Report on vaccination in Madras 1895-1903 - 1895-1903
Year: 1895
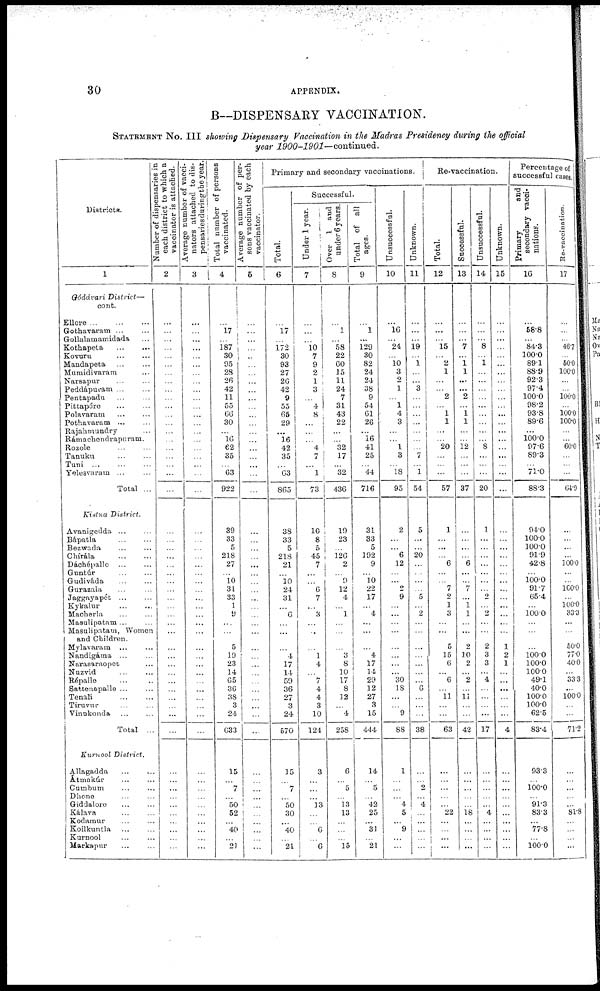
30
APPENDIX.
B—DISPENSARY VACCINATION.
STATEMENT No. III showing Dispensary Vaccination in the Madras Presidency during the official
year 1900-1901—continued.
Districts.
1
Gádávari District—
cont.
Ellore
...
...
...
Gothavaram ... ...
Gollalamamidada ...
Kothapeta
...
...
Kovuru
...
...
Mandapeta ... ...
Mumidivaram ...
Narsapur ... ...
Peddápuram ... ...
Pentapadu
...
...
Pittapóre ... ...
Polavaram ... ...
Pothavaram
...
...
Rajahmundry ...
Rámachendrapuram.
Rozole ... ...
Tanuku ... ...
Tuni
...
...
...
Yelesvaram ... ...
Total ...
Kistna District.
Avanigedda ... ...
Bápatla ... ...
Bezwada ... ...
Chírála
...
...
Dáchépalle ... ...
Guntúr ... ...
Gudiváda ... ...
Gurazala ... ...
Jaggayapét
...
...
Kykalur ... ...
Macherla ... ...
Masulipatam ... ...
Masulipatam, Women
and Children.
Mylavaram ... ...
Nandigáma ... ...
Narasaraopet ...
Nuzvid ... ...
Répalle ... ...
Sattenapalle ... ...
Tenali
...
...
Tiruvur ... ...
Vinukonda ... ...
Total ...
Kurnool District.
Allagadda
...
...
Atmakúr ... ...
Cumbum ... ...
Dhone ... ...
Giddalore ... ...
Kálava ... ...
Kodamur ... ...
Koilkuntla ... ...
Kurnool ... ...
Markapur ... ...
Number of dispensaries in
each district to which a
vaccinator is attached.
2
...
...
...
...
...
...
...
...
...
...
...
...
...
...
...
...
...
...
...
...
...
...
...
...
...
...
...
...
...
...
...
...
...
...
...
...
... ...
...
...
...
...
...
...
... ...
...
...
...
...
...
...
...
Average number of vacci-
nators attached to dis-
pensaries during the year.
3
...
...
...
...
...
...
...
...
...
...
...
...
...
...
...
...
...
...
...
...
...
...
...
...
...
...
...
...
...
...
...
...
...
...
...
...
...
...
...
...
...
...
...
...
...
...
...
...
...
...
...
...
...
Total number of persons
vaccinated.
4
...
17
...
187
30
95
28
26
42
11
55
66
30
...
16
62
35
... 63
922
39
33
5
218
27
... 10
31
83
1
9
...
...
5
19
23
14
65
36
38
3
24
633
15
...
7
... 50
52
...
40
... 21
Average number of per-
sons vaccinated by each
vaccinator.
5
...
...
...
...
...
...
...
...
...
...
...
...
...
...
...
...
...
...
...
...
...
...
...
...
...
...
...
...
...
...
...
...
...
...
...
...
...
...
...
...
...
...
...
...
...
...
...
...
...
...
...
...
...
Primary and secondary vaccinations.
Total.
6
...
17
... 172
30
93
27
26
42
9
55
65
29
...
16
42
35
...
63
865
38
33
5
218
21
...
10 24
31
... 6
...
...
...
4
17
14
59
36
27
3
24
570
15
...
7
...
50
30
...
40
...
21
Successful.
Under 1 year.
7
...
...
...
10 7
9
2
1
3
...
4
8
...
...
... 4
7
... 1
73
10
8
5
45
7
...
... 6
7
... 3
...
...
... 1
4
... 7
4
4
3
10
124
3
...
...
...
13
...
...
6
...
6
Over 1 and
under 6 years.
8
...
1
... 58
22
60
15
11
24
7
31
43
22
...
... 32
17
... 32
436
19
23
...
126
2
... 9
12
4
... 1
...
...
... 3
8
10
17
8
12
... 4
258
6
... 5
... 13
13
...
...
... 15
Total of all
ages.
9
...
1
...
129
30
82
24
24
38
9
54
61
26
...
16
41
25
...
44
716
31
33
5
192
9
...
10
22
17
... 4
...
...
... 4
17
14
29
12
27
3
15
444
14
... 5
... 42
25
... 31
... 21
Unsuccessful.
10
...
16
... 24
...
10 3
2
1
...
1
4
3
...
... 1
3
... 18
95
2
...
... 6
12
...
... 2
9
...
...
...
...
...
...
...
...
30
18
...
... 9
88
1
...
...
... 4
5
... 9
...
...
Unknown.
11
...
...
... 19
...
1
...
...
3
...
...
...
...
...
...
... 7
...
1
54
5
...
... 20
...
...
...
...
5
... 2
...
...
...
...
...
...
...
6
...
...
...
38
...
... 2
... 4
...
...
...
...
...
Re-vaccination.
Total.
12
...
...
... 15
... 2
1
...
... 2
... 1
1
...
... 20
...
...
...
57
1
...
...
... 6
...
... 7
2
1
3
...
...
5
15
6
... 6
...
11
...
...
63
...
...
...
...
... 22
...
...
...
...
Successful.
13
...
...
... 7
...
1
1
...
...
2
...
1
1
...
... 12
...
...
...
37
...
...
...
...
6
...
... 7
...
1
1
...
...
2
10
2
...
2
...
11
...
...
42
...
...
...
...
... 18
...
...
...
...
Unsuccessful.
14
...
...
...
8
...
1
...
...
...
...
...
...
...
...
...
8
...
...
...
20
1
...
...
...
...
...
...
...
2
... 2
...
...
2
3
3
... 4
...
...
...
...
17
...
...
...
...
...
4
...
...
...
...
Unknown.
15
...
...
...
...
...
...
...
...
...
...
...
...
...
...
...
...
...
...
...
...
...
...
...
...
...
...
...
...
...
...
...
...
...
1
2
1
...
...
...
...
...
...
4
...
...
...
...
...
...
...
...
...
...
Percentage of
successful cases,
Primary
and
secondary vacci-
nations.
16
...
58.8
... 84.3
100.0
89.1
88.9
92.3
97.4
100.0
98.2
93.8
89.6
...
100.0
97.6
89.3
... 71.0
88.3
94.0
100.0
100.0
91.9
42.8
... 100.0
91.7
65.4
...
100.0
...
...
...
100.0
100.0
100.0
49.1
40.0
100.0
100.0
62.5
83.4
93.3
... 100.0
... 91.3
83.3
...
77.8
...
100.0
Re-vaccination.
17
...
...
... 46.7
... 50.0
100.0
...
... 100.0
...
100.0
100.0
...
... 60.0
...
...
...
64.9
...
...
...
...
100.0
...
...
100.0
...
100.0
33.3
...
...
50.0
77.0
40.0
... 33.3
...
100.0
...
...
71.2
...
... ...
...
... 81.8
...
...
...
...